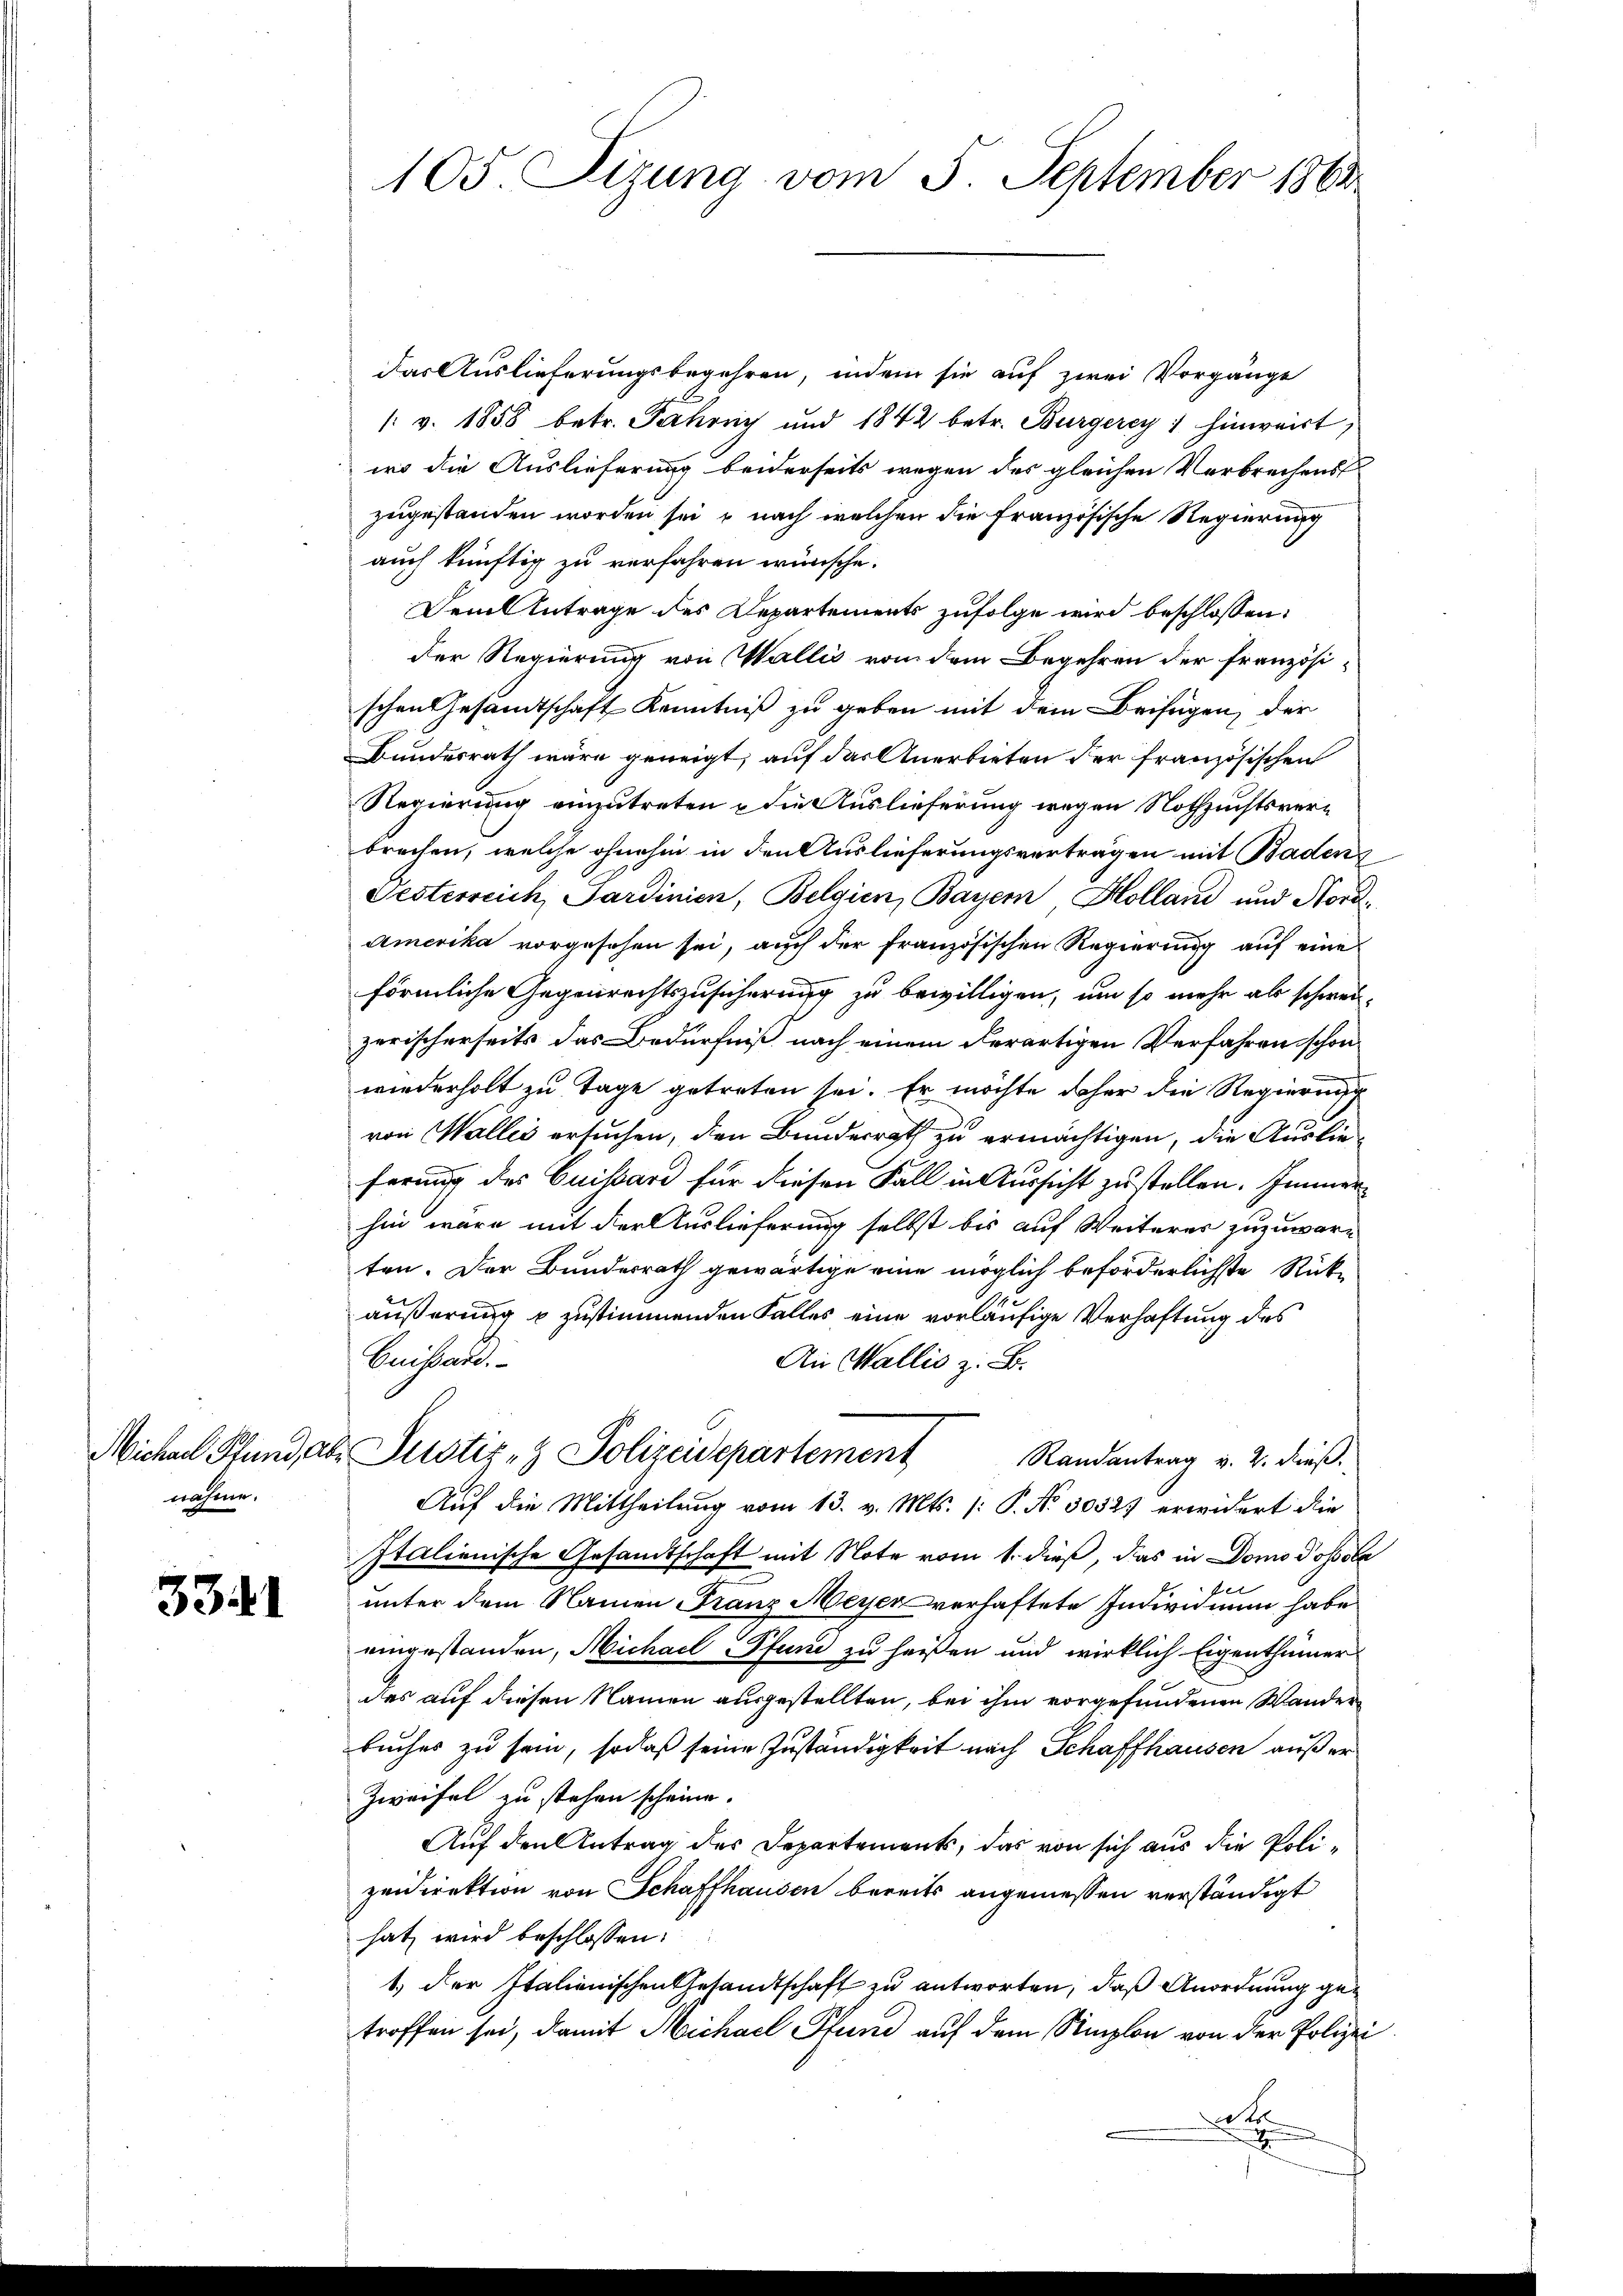
Michael Pfund, a.
nahme.

334)

105. Sizung vom 5. September 1864

Das Auslieferungsbegehren, indem sie auf zwei Vorgänge
/: v. 1858 betr. Jahrny und 1842 betr. Burgerey hinwart,
wo die Auslieferung beiderseits wegen des gleichen Verbrechens
zugestanden worden sei, nach welchen die Französische Regierung
auch künftig zu verfahren wünsche.
Dem Antrage des Departements zufolge wird beschlossen:
der Regierung von Wallis von dem Begehren der französischen Gesandtschaft Kenntniß zu geben mit dem Beifügen, der
Bundesrath wäre geneigt, auf das Anerbieten der französischen
Regierung einzutreten & die Auslieferung wegen Nothzuchtsverbrochen, welche ohnehin in den Auslieferungsverträgen mit Badens
Festerreich Sardinien, Belgien, Bayer Holland und Nord¬
Amerika vorgesehen sei, auch der französischen Regierung auf eine
förmliche Gegenrechtszusicherung zu bewilligen, um so mehr als schwer-
zerischerseits das Bedürfniß nach einem derartigen Verfahren schon
wiederholt zu Tage getreten sei. Er möchte daher die Regierung
von Walles ersuchen, den Bunderrath zu ermächtigen, die Auslieferung des Cuissard für diesen Fall in Aussicht zustellen. Immerhin wäre mit der Auslieferung selbst bis auf Weiteres zuzuwarten. Der Bundesrath gewärtige eine möglich beförderlichste Rückäußerung u zustimmenden Falles eine vorläufige Verhaftung des
Cuissaro.
An Wallis z. B.
r Justiz- & Polizeidepartement Randantrag v. 2. dieß.
Auf die Mittheilung vom 13. v. Mts. (: P. Nr. 30527 erwidert die
Italienische Gesandtschaft mit Note vom 1. dieß, das in Domo dopole
e
unter dem Namen Franz Meyer verhaftete Individuum habe
eingestanden, Michael Pfund zu heißen und wirklich Eigenthümer
des auf diesen Namen ausgestellten, bei ihm vorgefundenen Wander
buches zu sein, sodaß seine Zuständigkeit nach Schaffhausen außer
Zweifel zu stehen scheine.
Auf den Antrag des Departements, das von sich aus die Polizeidirektion von Schaffhausen bereits angemessen verständigt
hat wird beschlossen:
1) der Italienischen Gesandtschaft zu antworten, daß Anordnung getroffen sei, damit Michael Pfund auf dem Simplon von der Polizei
A